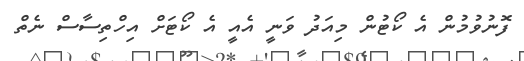
ފޮނުވުމުން އެ ކޯޓުން މިއަދު ވަނީ އެއީ އެ ކޯޓަށް އިހްތިސާސް ނެތް